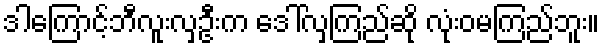
ဒါကြောင့်ဘီလူးလှဦးက ဒေါ်လှကြည်ဆို လုံးဝမကြည်ဘူး။